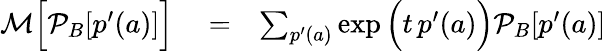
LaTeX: \begin{array}{rlr}{\mathcal{M}\Big[\mathcal{P}_{B}[p^{\prime}(a)]\Big]}&{{}=}&{\sum_{p^{\prime}(a)}\exp\Big(t\, p^{\prime}(a)\Big)\mathcal{P}_{B}[p^{\prime}(a)]}\end{array}